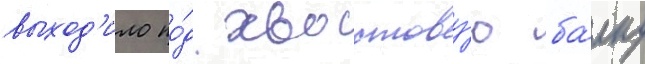
выход'ило по́д хвостову́ю ба́лку